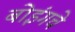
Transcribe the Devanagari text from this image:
बोइंगचे